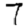
Digit: 7